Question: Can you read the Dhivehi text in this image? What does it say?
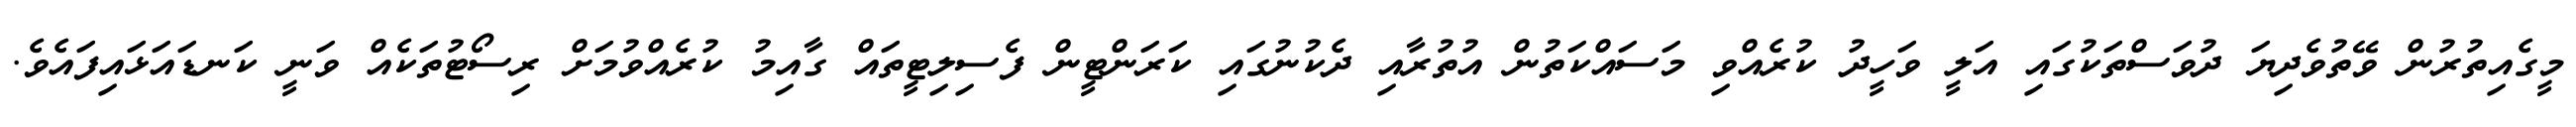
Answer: މީގެއިތުރުން ވޭތުވެދިޔަ ދުވަސްތަކުގައި އަލީ ވަހީދު ކުރެއްވި މަސައްކަތުން އުތުރާއި ދެކުނުގައި ކަރަންޓީން ފެސިލިޓީތައް ގާއިމު ކުރެއްވުމަށް ރިސޯޓުތަކެއް ވަނީ ކަނޑައަޅައިފައެވެ.